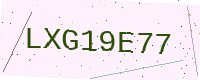
Text: LXG19E77